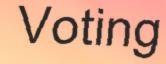
Voting